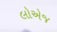
લોએજ